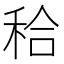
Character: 秴